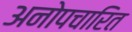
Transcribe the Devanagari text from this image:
अनोपचारित